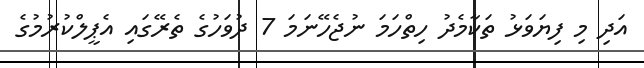
އަދި މި ފިޔަވަޅު ތަކާމެދު ހިތްހަމަ ނުޖެހޭނަމަ 7 ދުވަހުގެ ތެރޭގައި އެޕީލްކުރުމުގެ